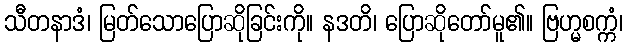
သီတနာဒံ၊ မြတ်သောပြောဆိုခြင်းကို။ နဒတိ၊ ပြောဆိုတော်မူ၏။ ဗြဟ္မစက္ကံ၊